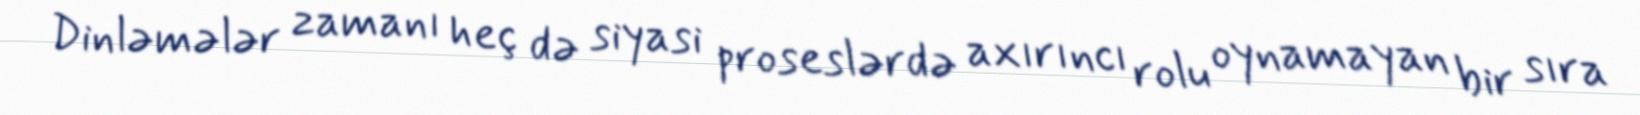
Dinləmələr zamanı heç də siyasi proseslərdə axırıncı rolu oynamayan bir sıra